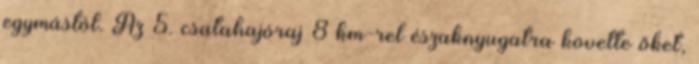
egymástól. Az 5. csatahajóraj 8 km-rel északnyugatra követte őket,